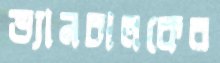
ভ্যানচালকের